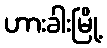
ဟားခါးမြို့